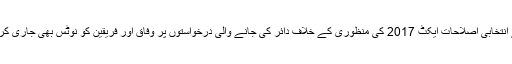
عدالت نے انتخابی اصلاحات ایکٹ 2017 کی منظوری کے خلاف دائر کی جانے والی درخواستوں پر وفاق اور فریقین کو نوٹس بھی جاری کر دیے ہیں۔